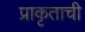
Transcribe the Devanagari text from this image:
प्राकृताची